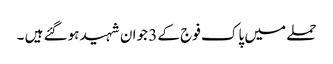
حملے میں پاک فوج کے 3 جوان شہید ہوگئے ہیں ۔